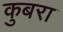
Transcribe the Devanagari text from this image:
कुबरा